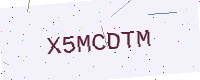
Text: X5MCDTM